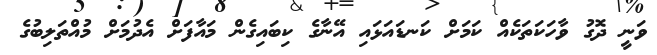
ވަނީ ދޮގު ވާހަކަތަކެއް ކަމަށް ކަނޑައަޅައި އޭނާގެ ކިބައިގެން މައާފަށް އެދުމަށް މުއްތަލިބުގެ